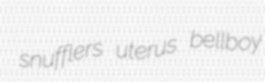
snufflers uterus bellboy